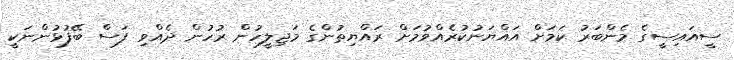
ސީއައިސީގެ މެންބަރު ކަމަށް އައްޔަނުކުރެއްވުމަށް ރައްޔިތުންގެ މަޖިލީހުން ރުހުން ދެއްވި ފަސް ބޭފުޅުންނަކީ